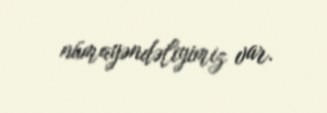
nümayəndəliyimiz var.